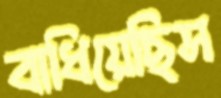
বাধিয়েছিস